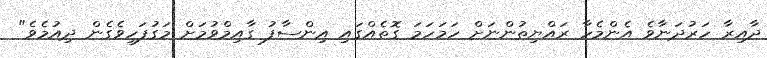
ދާއިރާ ހަރުދަނާވެ އެންމެހާ ރައްޔިތުންނަށް ހަމަހަމަ ގޮތެއްގައި އިންސާފު ގާއިމްވުމަށް މަގުފަހިވެގެން ދިއުމެވެ"